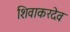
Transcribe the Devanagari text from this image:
शिवाकरदेव